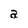
Character: a